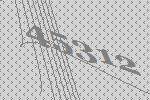
45312